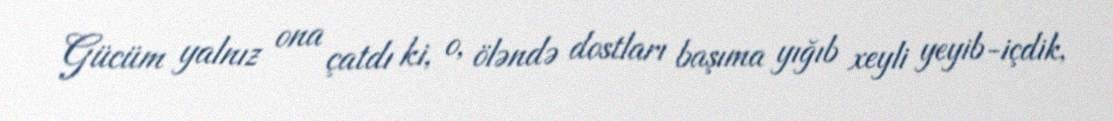
Gücüm yalnız ona çatdı ki, o, öləndə dostları başıma yığıb xeyli yeyib-içdik,